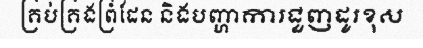
គ្រប់គ្រងព្រំដែន និងបញ្ហាការជួញដូរខុស